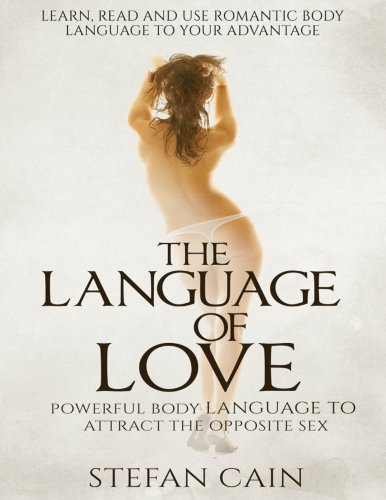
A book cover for The Language of Love - Powerful Body Language to Attract the Opposite Sex; Stefan Amber Cain; Self-Help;